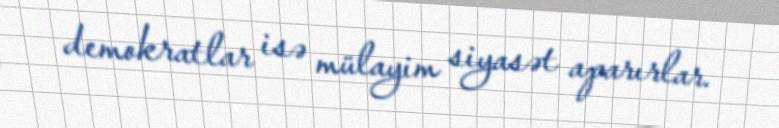
demokratlar isə mülayim siyasət aparırlar.